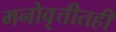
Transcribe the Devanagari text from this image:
मनोवृत्तीतही